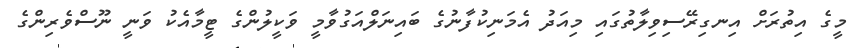
މީގެ އިތުރަށް އިނގިރޭސިވިލާތުގައި މިއަދު އެމަނިކުފާނުގެ ބައިނަލްއަގުވާމީ ވަކީލުންގެ ޓީމާއެކު ވަނީ ނޫސްވެރިންގެ